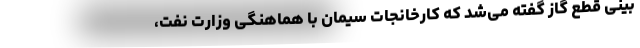
بینی قطع گاز گفته می‌شد که کارخانجات سیمان با هماهنگی وزارت نفت،